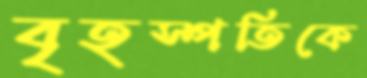
বৃহস্পতিকে